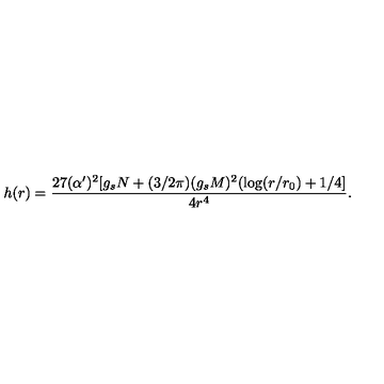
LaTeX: h ( r ) = { \frac { 2 7 ( \alpha ^ { \prime } ) ^ { 2 } [ g _ { s } N + ( 3 / 2 \pi ) ( g _ { s } M ) ^ { 2 } ( \log ( r / r _ { 0 } ) + 1 / 4 ] } { 4 r ^ { 4 } } } .